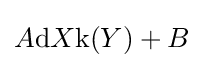
A{\text{d}}X{\text{k}}(Y)+B